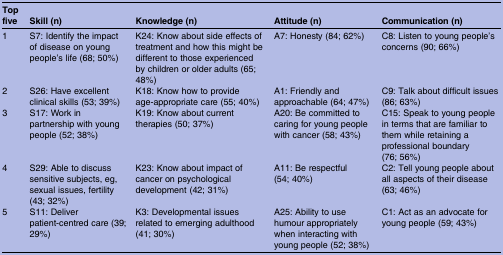
<table><thead><tr><td><b>Top five</b></td><td><b>Skill (n)</b></td><td><b>Knowledge (n)</b></td><td><b>Attitude (n)</b></td><td><b>Communication (n)</b></td></tr></thead><tbody><tr><td>1</td><td>S7: Identify the impact of disease on young people&#x27;s life (68; 50%)</td><td>K24: Know about side effects of treatment and how this might be different to those experienced by children or older adults (65; 48%)</td><td>A7: Honesty (84; 62%)</td><td>C8: Listen to young people&#x27;s concerns (90; 66%)</td></tr><tr><td>2</td><td>S26: Have excellent clinical skills (53; 39%)</td><td>K18: Know how to provide age-appropriate care (55; 40%)</td><td>A1: Friendly and approachable (64; 47%)</td><td>C9: Talk about difficult issues (86; 63%)</td></tr><tr><td>3</td><td>S17: Work in partnership with young people (52; 38%)</td><td>K19: Know about current therapies (50; 37%)</td><td>A20: Be committed to caring for young people with cancer (58; 43%)</td><td>C15: Speak to young people in terms that are familiar to them while retaining a professional boundary (76; 56%)</td></tr><tr><td>4</td><td>S29: Able to discuss sensitive subjects, eg, sexual issues, fertility (43; 32%)</td><td>K23: Know about impact of cancer on psychological development (42; 31%)</td><td>A11: Be respectful (54; 40%)</td><td>C2: Tell young people about all aspects of their disease (63; 46%)</td></tr><tr><td>5</td><td>S11: Deliver patient-centred care (39; 29%)</td><td>K3: Developmental issues related to emerging adulthood (41; 30%)</td><td>A25: Ability to use humour appropriately when interacting with young people (52; 38%)</td><td>C1: Act as an advocate for young people (59; 43%)</td></tr></tbody></table>